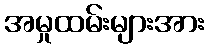
အမှုထမ်းများအား